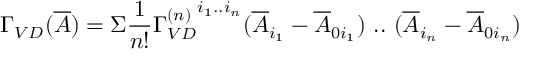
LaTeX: \Gamma _ { V D } ( \overline { { { A } } } ) = \Sigma \frac { 1 } { n ! } { \Gamma _ { V D } ^ { ( n ) } } ^ { i _ { 1 } . . i _ { n } } ( \overline { { { A } } } _ { i _ { 1 } } - \overline { { { A } } } _ { 0 i _ { 1 } } ) \ . . \ ( \overline { { { A } } } _ { i _ { n } } - \overline { { { A } } } _ { 0 i _ { n } } )